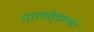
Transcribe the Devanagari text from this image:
गालगुंडाच्या